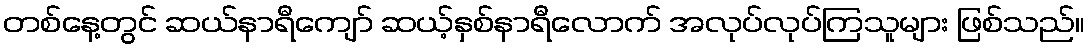
တစ်နေ့တွင် ဆယ်နာရီကျော် ဆယ့်နှစ်နာရီလောက် အလုပ်လုပ်ကြသူများ ဖြစ်သည်။